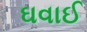
ઘવાઈ